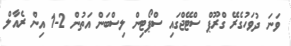
ވަނަ ދުވަހުގެރޭ ގްރޫޕް ސްޓޭޖްގައި ސްޕޯޓިން ލިސްބަން އަތުން 2-1 އިން ރެއާލް